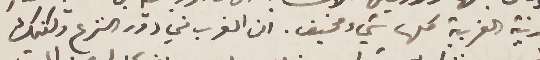
المدنية الغربية كلها شيء مخيف. ان الغرب في دور النزع ولكنك